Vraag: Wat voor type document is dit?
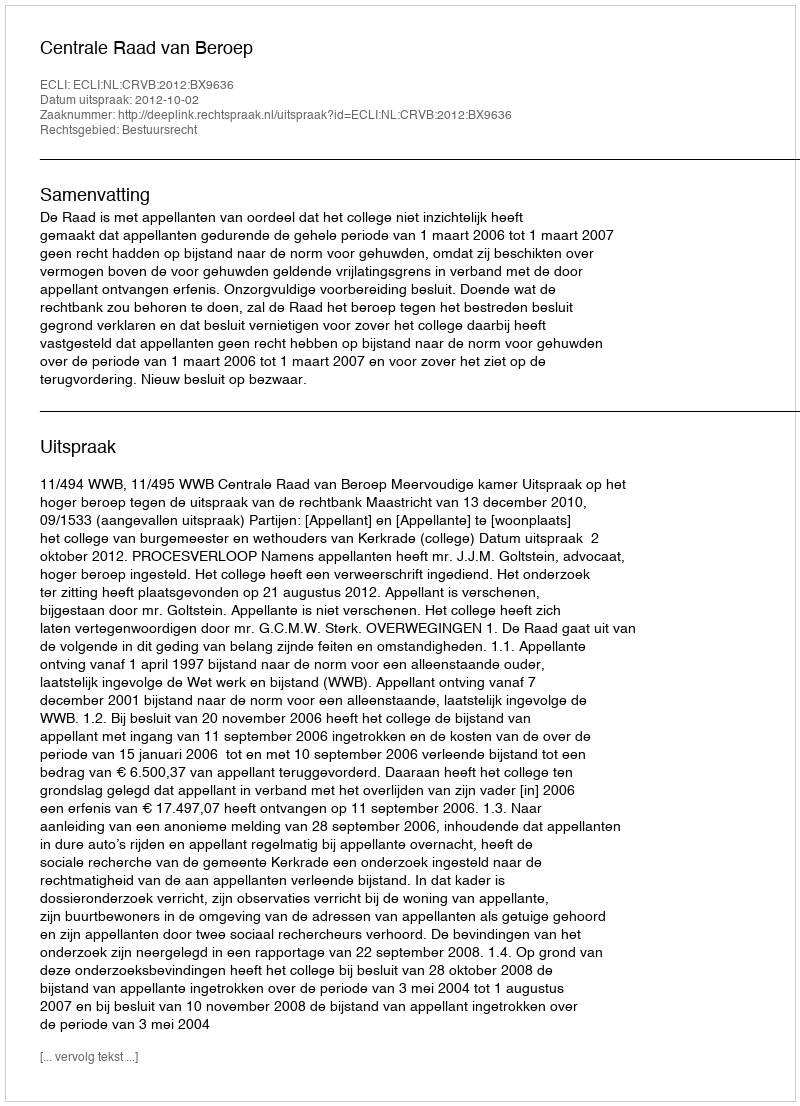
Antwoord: Uitspraak